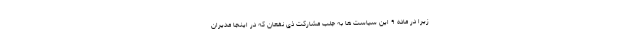
زیرا در ماده ۹ این سیاست ها به جلب مشارکت ذی نفعان که در اینجا مدیران